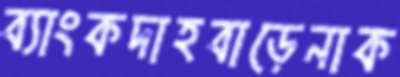
ব্যাংকদাহবাড়েনাক